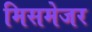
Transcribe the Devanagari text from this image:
मिसमेजर